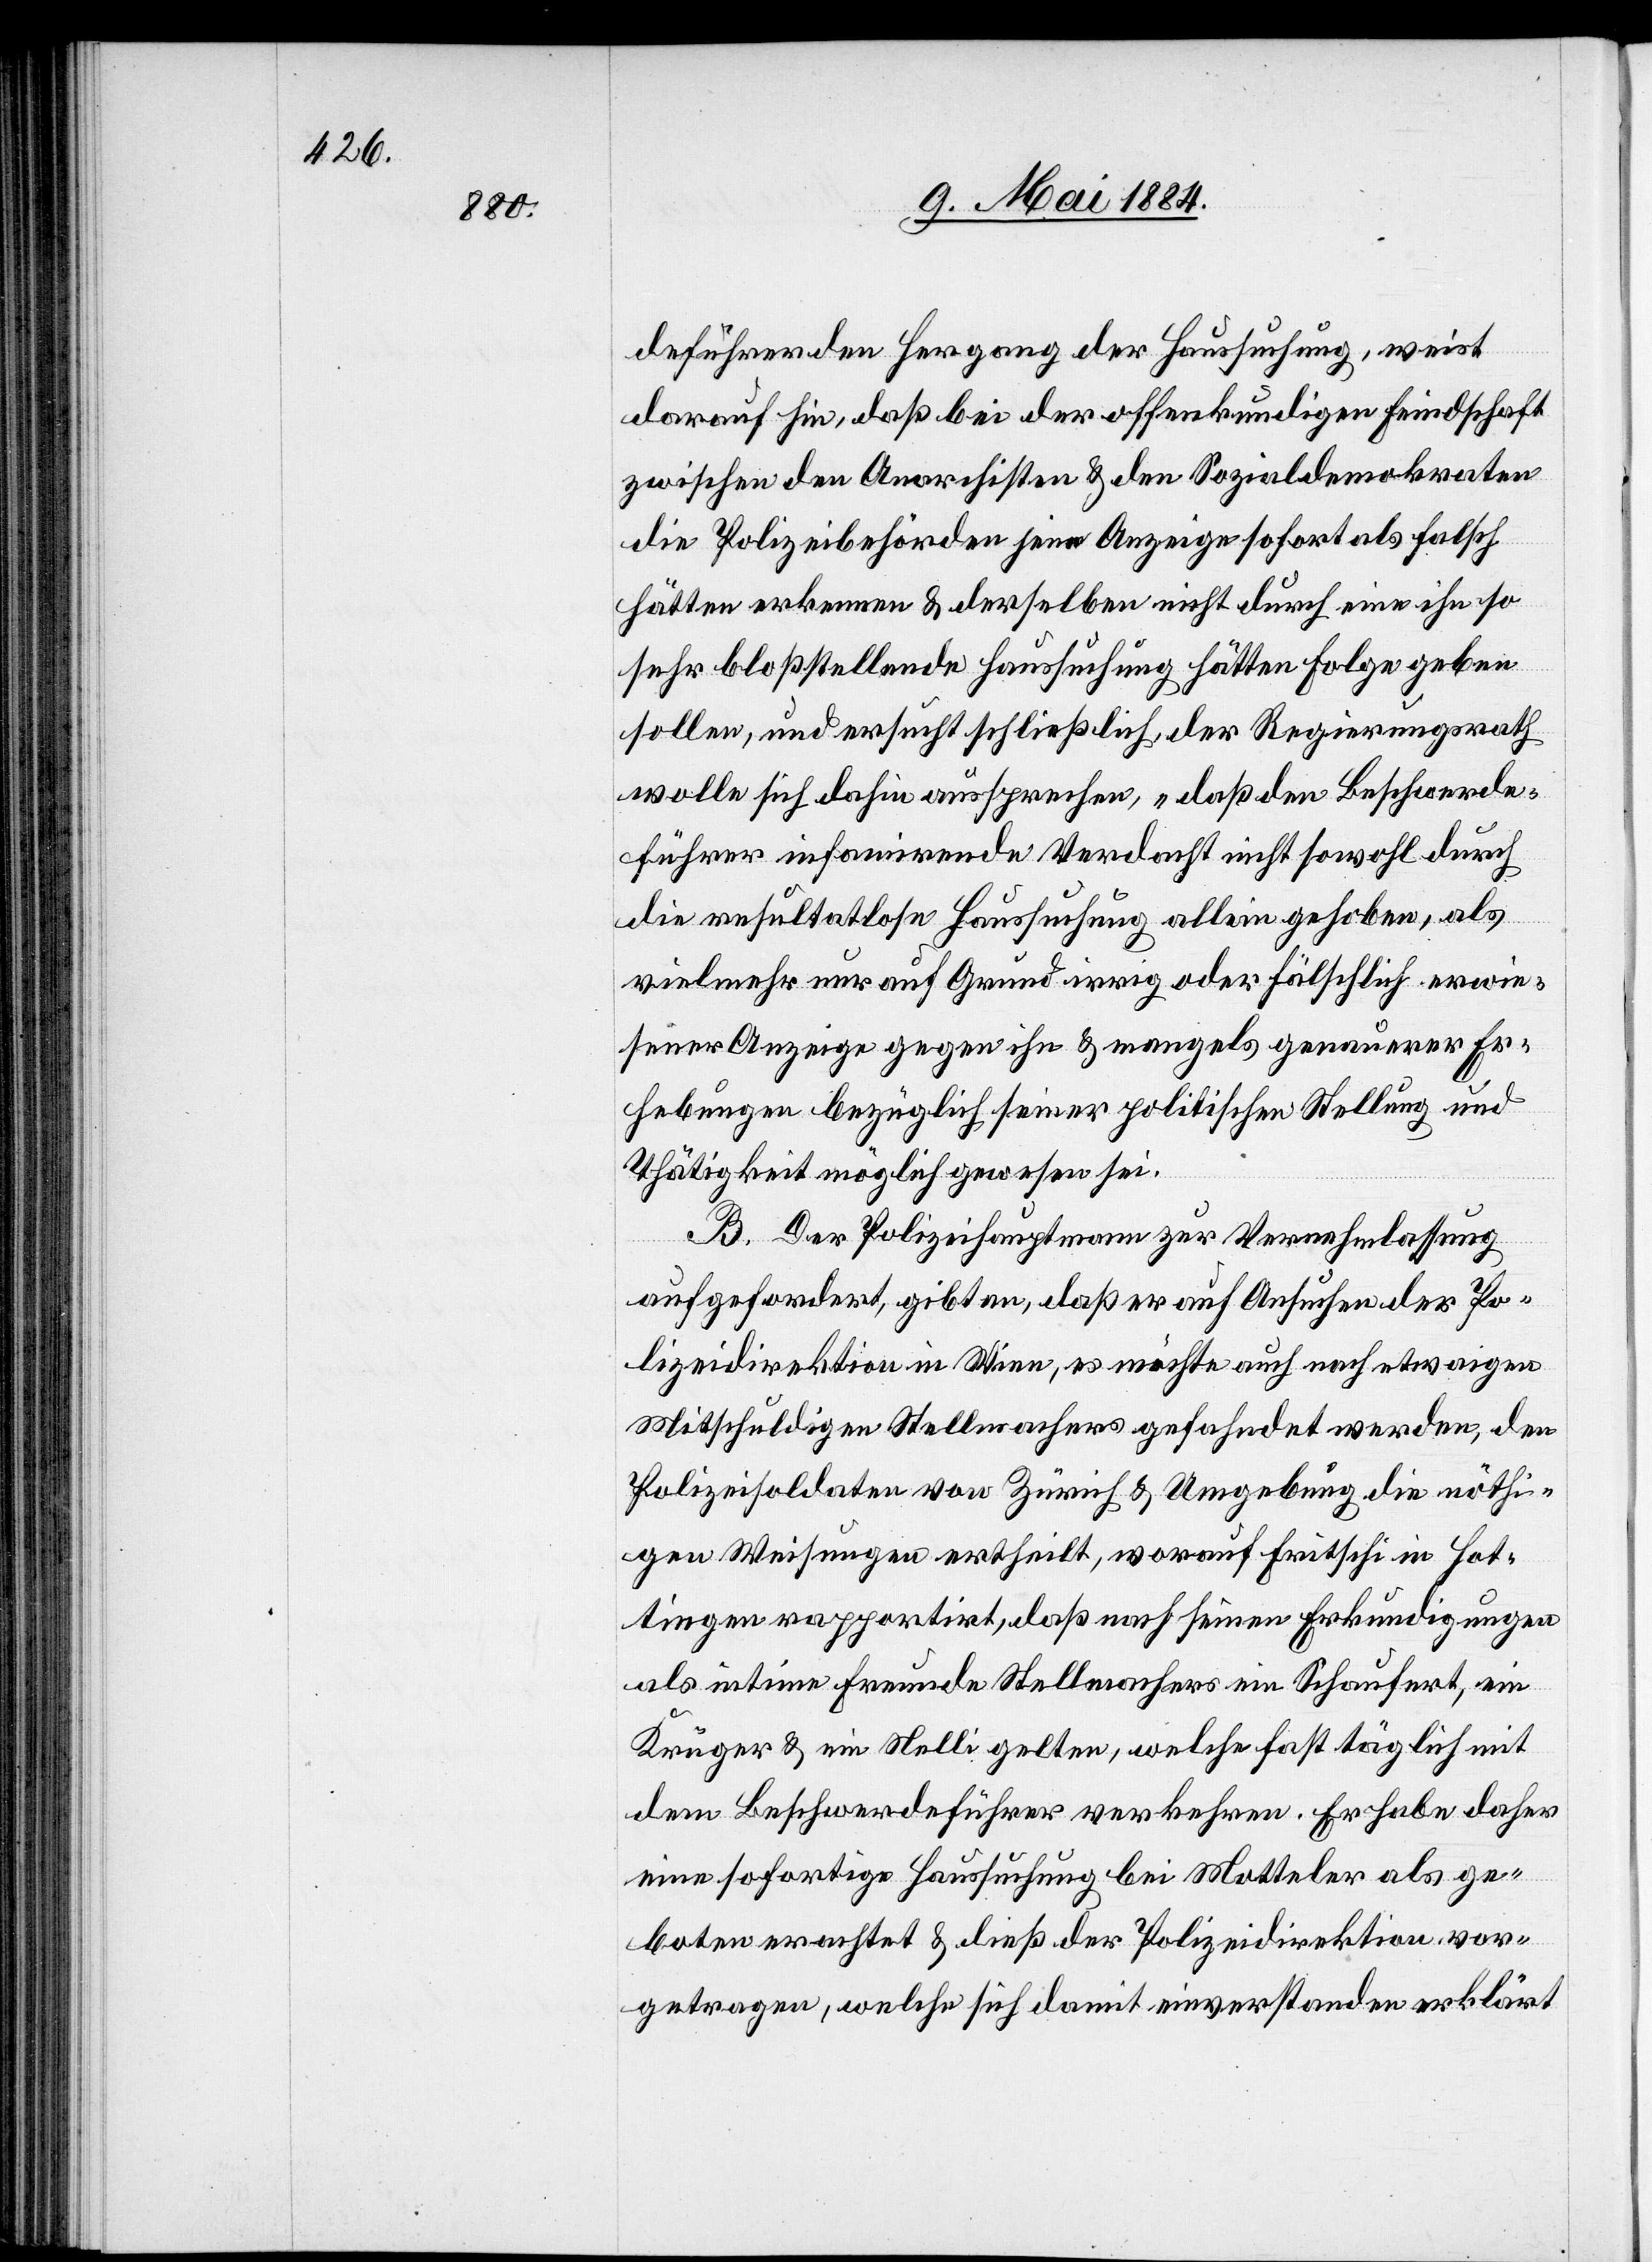
deführer den Hergang der Haussuchung, weist
darauf hin, daß bei der offenkundigen Feindschaft
zwischen den Anarchisten & den Sozialdemokraten
die Polizeibehörden jene Anzeige sofort als falsch
hätten erkennen & derselben nicht durch eine ihn so
sehr bloßstellende Haussuchung hätten Folge geben
sollen, und ersucht schließlich, der Regierungsrath
wolle sich dahin aussprechen, „daß den Beschwerde¬
führer infamirende Verdacht[“] nicht sowohl durch
die resultatlose Haussuchung allein gehoben, als
vielmehr nur auf Grund irrig oder fälschlich erwie¬
sener Anzeige gegen ihn & mangels genauerer Er¬
hebungen bezüglich seiner politischen Stellung und
Thätigkeit möglich gewesen sei.
B. Der Polizeihauptmann zur Vernehmlassung
aufgefordert, gibt an, daß er auf Ansuchen der Po¬
lizeidirektion in Wien, es möchte auch nach etwaigen
Mitschuldigen Stellmachers gefahndet werden, den
Polizeisoldaten von Zürich & Umgebung die nöthi¬
gen Weisungen ertheilt, worauf Fritschi in Hot¬
tingen rapportirt, daß nach seinen Erkundigungen
als intime Freunde Stellmachers ein Schaufert, ein
Krüger & ein Nelli gelten, welche fast täglich mit
dem Beschwerdeführer verkehren. Er habe daher
eine sofortige Haussuchung bei Motteler als ge¬
boten erachtet & dieß der Polizeidirektion vor¬
getragen, welche sich damit einverstanden erklärt